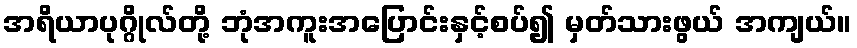
အရိယာပုဂ္ဂိုလ်တို့ ဘုံအကူးအပြောင်းနှင့်စပ်၍ မှတ်သားဖွယ် အကျယ်။